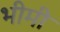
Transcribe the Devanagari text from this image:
भीमी